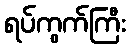
ရပ်ကွက်ကြီး